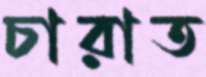
চারাত